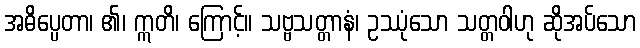
အဓိပ္ပေတာ၊ ၏၊ ဣတိ၊ ကြောင့်။ သဗ္ဗသတ္တာနံ၊ ဥဿုံသော သတ္တဝါဟု ဆိုအပ်သော